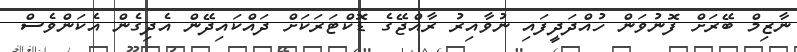
ނާޒިމް ބޭރަށް ފޮނުވަން ހުއްދަދީފައި ނުވާއިރު ރާއްޖޭގެ ޑޮކްޓަރަކަށް ދައްކައިދޭން އެދިގެން އެކަންވެސް